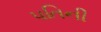
પતિની